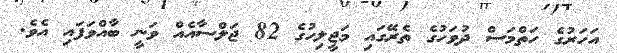
އަހަރުގެ ހަތްމަސް ދުވަހުގެ ތެރޭގައި މަޖީލިހުގެ 82 ޖަލްސާއެއް ވަނީ ބާއްވަފައި އެވެ.